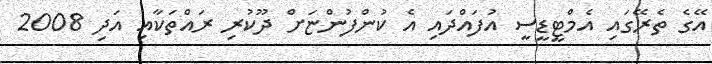
އޭގެ ތެރޭގައި އެމްޓީޑީސީ އުފައްދައި އެ ކުންފުންޏަށް ދޫކުރި ރައްތަކާއި އަދި 2008